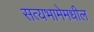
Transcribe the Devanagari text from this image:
सत्यभामेमधील